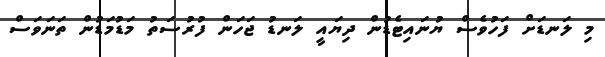
މި ލަނޑަށް ފަހުވެސް ޔުނައިޓެޑުން ދިޔައީ ލަނޑު ޖަހަން ފުރުސަތު މަޑުމަޑުން ތަނަވަސް